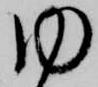
内